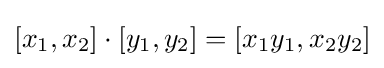
[x_{1},x_{2}]\cdot [y_{1},y_{2}]=[x_{1}y_{1},x_{2}y_{2}]